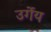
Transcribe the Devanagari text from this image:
उर्गेय